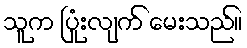
သူက ပြုံးလျက် မေးသည်။